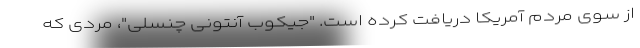
از سوی مردم آمریکا دریافت کرده است. "جیکوب آنتونی چنسلی"، مردی که